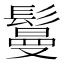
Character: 鬘